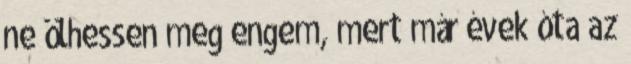
ne ölhessen meg engem, mert már évek óta az